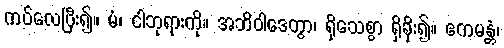
ကပ်လေပြီး၍။ မံ၊ ငါဘုရားကို။ အဘိဝါဒေတွာ၊ ရိုသေစွာ ရှိခိုး၍။ ဧကမန္တံ၊